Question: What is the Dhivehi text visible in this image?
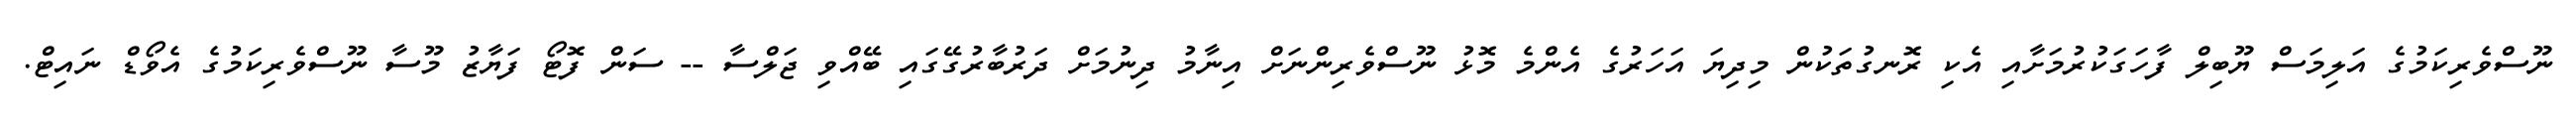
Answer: ނޫސްވެރިކަމުގެ އަލިމަސް ޔޫބިލް ފާހަގަކުރުމަށާއި އެކި ރޮނގުތަކުން މިދިޔަ އަހަރުގެ އެންމެ މޮޅު ނޫސްވެރިންނަށް އިނާމު ދިނުމަށް ދަރުބާރުގޭގައި ބޭއްވި ޖަލްސާ -- ސަން ފޮޓޯ ފަޔާޒު މޫސާ ނޫސްވެރިކަމުގެ އެވޯޑް ނައިޓް.